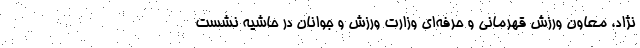
نژاد، معاون ورزش قهرمانی و حرفه‌ای وزارت ورزش و جوانان در حاشیه نشست